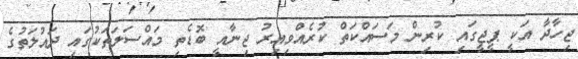
ޖިހާދާ އަކީ ޕީޖީގައި ކުރިން މަސައްކަތް ކުރެއްވިއިރު ޖިނާއީ ބޮޑެތި މައްސަލަތަކުގައި ދައުލަތުގެ